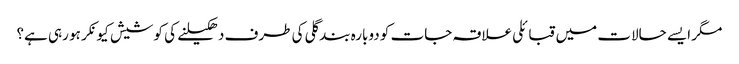
مگر ایسے حالات میں قبائلی علاقہ جات کو دوبارہ بند گلی کی طرف دھکیلنے کی کوشیش کیونکر ہو رہی ہے؟